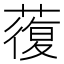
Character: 蕧